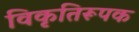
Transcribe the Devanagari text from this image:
विकृतिरूपक